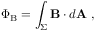
\Phi _ { \mathrm { B } } = \int _ { \Sigma } \mathbf { B } \cdot d \mathbf { A } \ ,